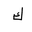
Letter: _kaf